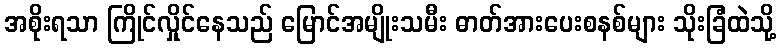
အစိုးရသာ ကြိုင်လှိုင်နေသည် မြောင်အမျိုးသမီး ဓာတ်အားပေးစနစ်များ သိုးခြံထဲသို့